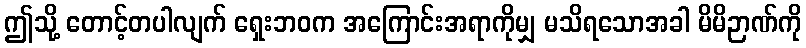
ဤသို့ တောင့်တပါလျက် ရှေးဘဝက အကြောင်းအရာကိုမျှ မသိရသောအခါ မိမိဉာဏ်ကို